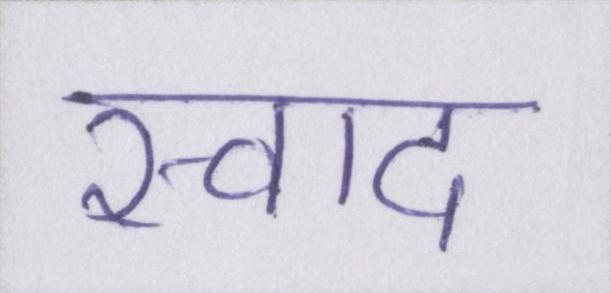
स्वाद